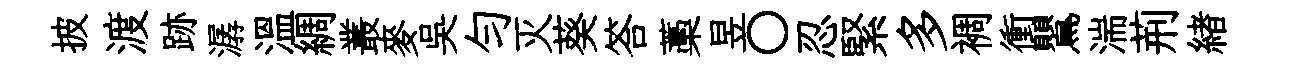
披渡跡潺溫綢叢麥吴勻灭葵答藁昱〇忍緊多裯衝鸎湍荊緖